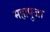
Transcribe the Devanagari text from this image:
महापुजा